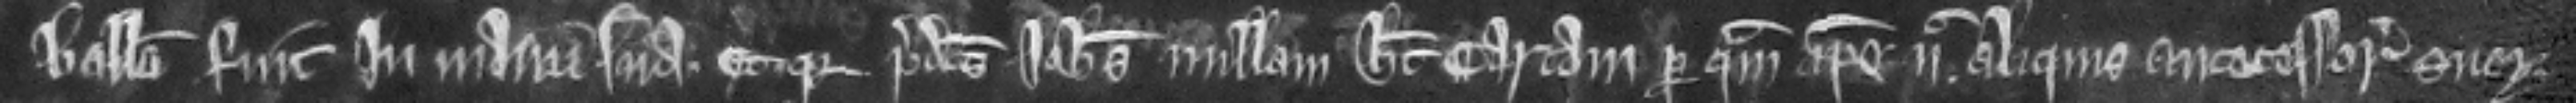
balliva fuit in manu sua. Et quia predictus Johannes nullam habet cartam per quam ipse nec aliquis antecessorum suorum